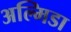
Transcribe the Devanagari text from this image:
अल्मिडा